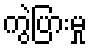
ကွဲပြားမှု